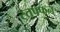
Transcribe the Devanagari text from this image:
स्तफ्फन्